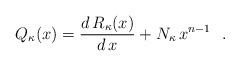
LaTeX: \begin{align*}Q_{\kappa}(x)= \frac{d \,R_{\kappa}(x)}{d\,x} + N_{\kappa}\, x ^{n-1} \ \ .\end{align*}